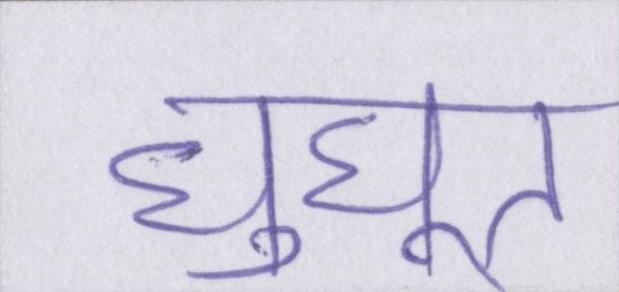
घुघूत